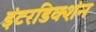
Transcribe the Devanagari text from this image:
इंटरडिक्शंन